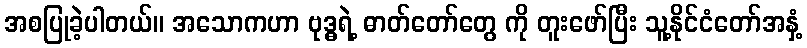
အစပြုခဲ့ပါတယ်။ အသောကဟာ ဗုဒ္ဓရဲ့ ဓာတ်တော်တွေ ကို တူးဖော်ပြီး သူ့နိုင်ငံတော်အနှံ့